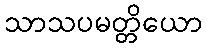
သာသပမတ္တိယော